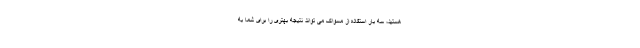
هستید، سه بار استفاده از مسواک می تواند نتیجه بهتری را برای شما به